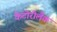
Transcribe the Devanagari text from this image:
केटोरोलैक